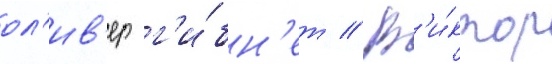
ол'ив'ер г'и́бн'ет // В'и́ктор